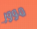
موور